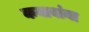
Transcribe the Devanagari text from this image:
कबाबांना